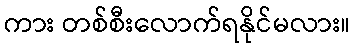
ကား တစ်စီးလောက်ရနိုင်မလား။